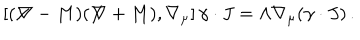
\left[ ( \not \! \nabla - M ) ( \not \! \nabla + M ) , \nabla _ { \mu } \right] \gamma \cdot J = \Lambda \nabla _ { \mu } ( \gamma \cdot J ) \, .